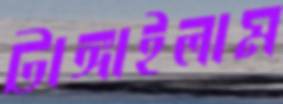
টাঙ্গাইলাম